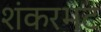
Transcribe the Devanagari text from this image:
शंकरभट